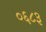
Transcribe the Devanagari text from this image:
०६८३